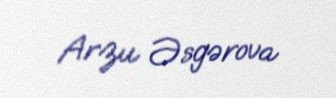
Arzu Əsgərova